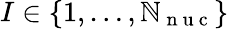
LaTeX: I\in\lbrace1,\dots,{\mathbb{N}_{\mathrm{{~n~u~c~}}}}\rbrace